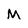
Character: M